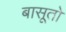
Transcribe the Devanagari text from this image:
बासूतो